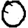
Digit: 0